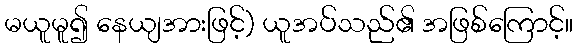
မယူမူ၍ နေယျအားဖြင့်) ယူအပ်သည်၏ အဖြစ်ကြောင့်။